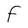
Character: F